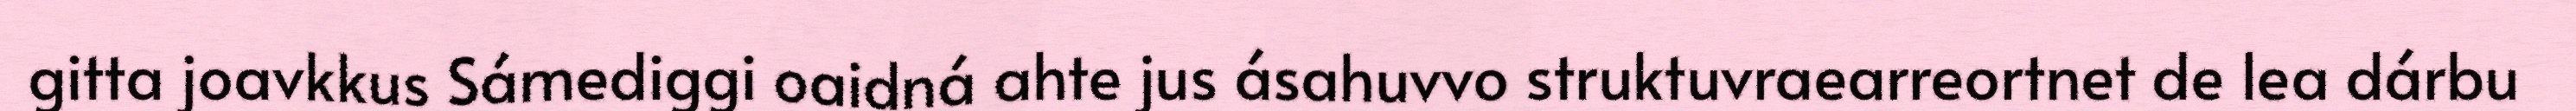
gitta joavkkus Sámediggi oaidná ahte jus ásahuvvo struktuvraearreortnet de lea dárbu